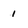
Character: 1